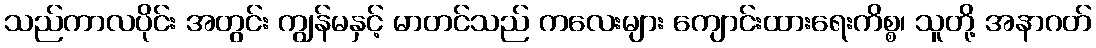
သည်ကာလပိုင်း အတွင်း ကျွန်မနှင့် မာတင်သည် ကလေးများ ကျောင်းထားရေးကိစ္စ၊ သူတို့ အနာဂတ်